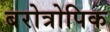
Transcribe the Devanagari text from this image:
बरोत्रोपिक